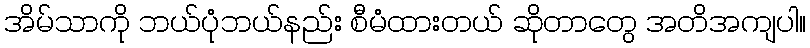
အိမ်သာကို ဘယ်ပုံဘယ်နည်း စီမံထားတယ် ဆိုတာတွေ အတိအကျပါ။